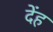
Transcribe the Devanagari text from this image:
देंह